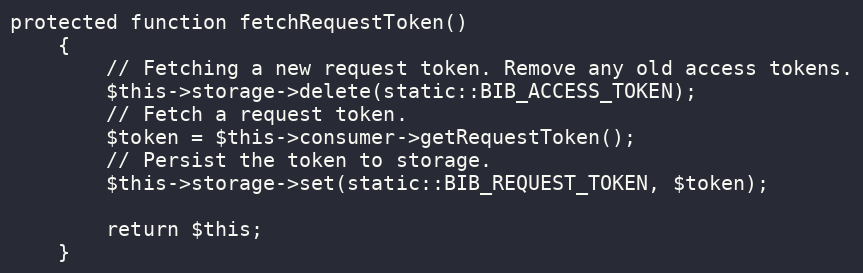
Language: PHP
protected function fetchRequestToken()
    {
        // Fetching a new request token. Remove any old access tokens.
        $this->storage->delete(static::BIB_ACCESS_TOKEN);
        // Fetch a request token.
        $token = $this->consumer->getRequestToken();
        // Persist the token to storage.
        $this->storage->set(static::BIB_REQUEST_TOKEN, $token);

        return $this;
    }